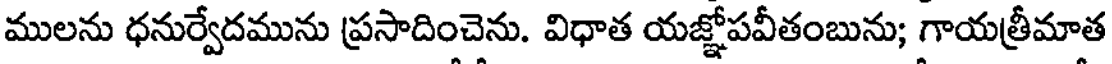
ములను ధనుర్వేదమును ప్రసాదించెను. విధాత యజ్ఞోపవీతంబును; గాయత్రీమాత